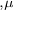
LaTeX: { } _ { , \mu }